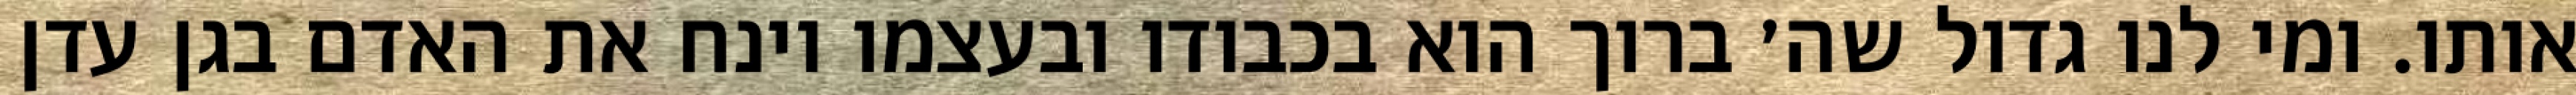
אותו. ומי לנו גדול שה׳ ברוך הוא בכבודו ובעצמו וינח את האדם בגן עדן